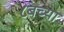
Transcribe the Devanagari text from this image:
८बच्या